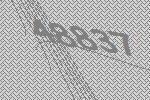
48837